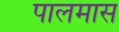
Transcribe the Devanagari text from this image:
पालमास